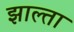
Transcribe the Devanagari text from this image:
झाल्ता